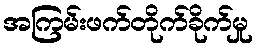
အကြမ်းဖက်တိုက်ခိုက်မှု